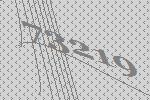
73219